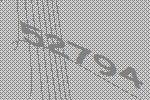
52794